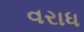
વરાધ